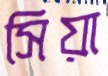
সিয়া